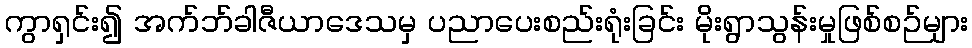
ကွာရှင်း၍ အက်ဘ်ခါဇီယာဒေသမှ ပညာပေးစည်းရုံးခြင်း မိုးရွာသွန်းမှုဖြစ်စဉ်များ